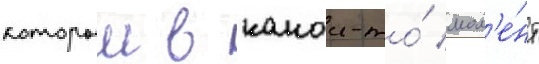
которыи в какои-то́ мом'е́нт